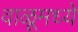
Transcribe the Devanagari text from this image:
वाळूमध्ये